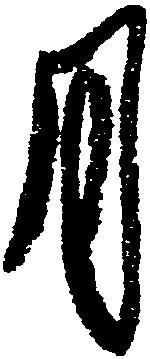
月